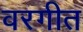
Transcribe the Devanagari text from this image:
वरगीत